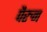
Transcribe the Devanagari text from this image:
पैरुन